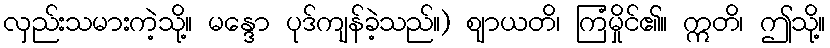
လှည်းသမားကဲ့သို့။ မန္ဒော ပုဒ်ကျန်ခဲ့သည်။) ဈာယတိ၊ ကြံမှိုင်၏။ ဣတိ၊ ဤသို့။